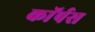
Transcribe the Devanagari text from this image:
काॅर्पस